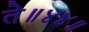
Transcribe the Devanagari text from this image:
ते॥४४॥